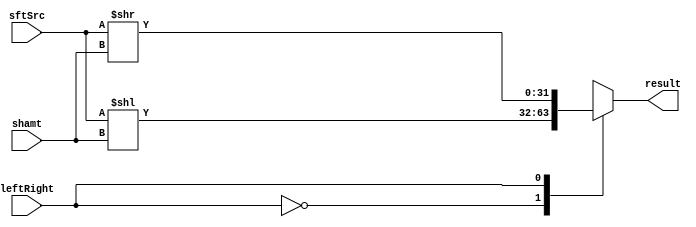
module Shifter (
    result,
    leftRight,
    shamt,
    sftSrc
);

  //I/O ports
  output [32-1:0] result;

  input leftRight;
  input [5-1:0] shamt;
  input [32-1:0] sftSrc;

  //Internal Signals
  reg [32-1:0] result;

  //Main function
  /*your code here*/
  
	always @(leftRight, shamt, sftSrc) begin
		case (leftRight)
			//sll
			1'b0: result <= (sftSrc << shamt);
			
			//srl
			1'b1: result <= (sftSrc >> shamt);
		endcase
	end


endmodule